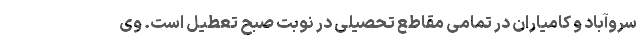
سروآباد و کامیاران در تمامی مقاطع تحصیلی در نوبت صبح تعطیل است. وی